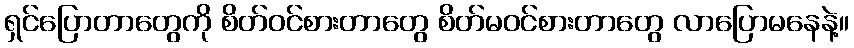
ရှင်ပြောတာတွေကို စိတ်ဝင်စားတာတွေ စိတ်မဝင်စားတာတွေ လာပြောမနေနဲ့။